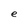
Character: e